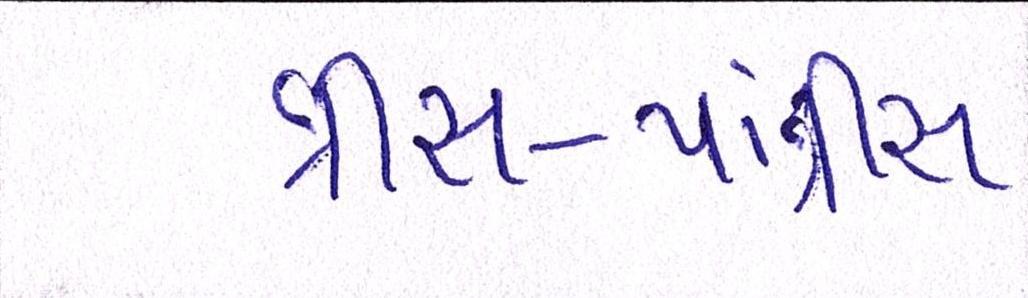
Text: ત્રીસ-પાંત્રીસ